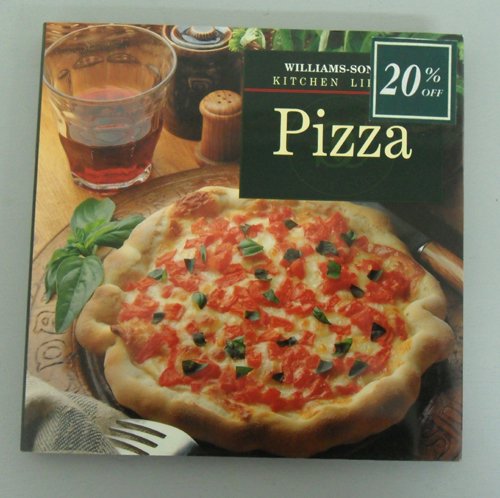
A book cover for Pizza (Williams-Sonoma Kitchen Library); Lorenza De' Medici Stucchi; Cookbooks, Food & Wine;